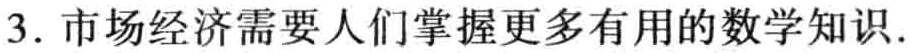
3. 市场经济需要人们掌握更多有用的数学知识.